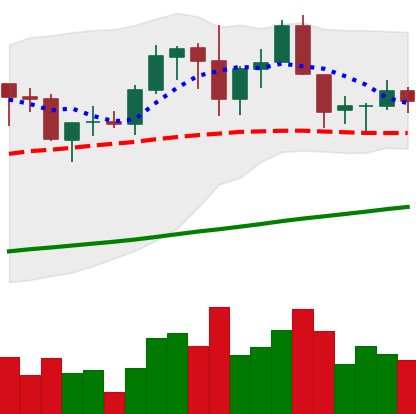
Ticker: ADA-USD
Chart end date: 2019-06-08
Forward return: 6.562%
Label: up_5_7